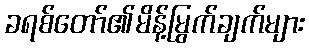
ခရစ်တော်၏မိန့်မြွက်ချက်များ